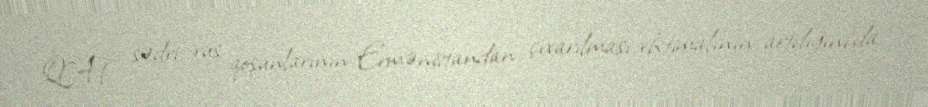
QAT sədri rus qoşunlarının Ermənistandan çıxarılması ehtimalının artdığını da